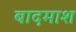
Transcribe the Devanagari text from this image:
बादमाश